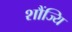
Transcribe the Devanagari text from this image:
शौंज्यि